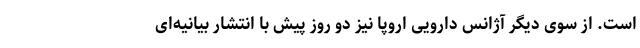
است. از سوی دیگر آژانس دارویی اروپا نیز دو روز پیش با انتشار بیانیه‌ای